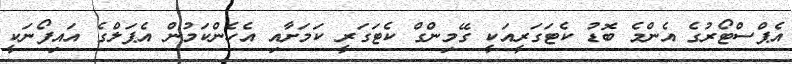
އެޕްސްޓޯރުގެ އެންމެ ބޮޑު ކެޓަގަރީއަކީ ގޭމިންގް ކެޓަގަރީ ކަމަށާއި އެހެންކަމުން އެޕަލްގެ އައިފޯނަކީ